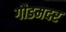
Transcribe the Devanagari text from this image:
गौडमदर